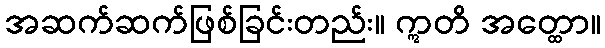
အဆက်ဆက်ဖြစ်ခြင်းတည်း။ ဣတိ အတ္ထော။